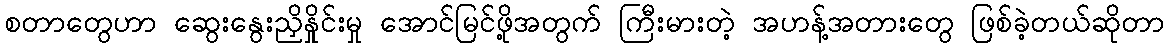
စတာတွေဟာ ဆွေးနွေးညှိနှိုင်းမှု အောင်မြင်ဖို့အတွက် ကြီးမားတဲ့ အဟန့်အတားတွေ ဖြစ်ခဲ့တယ်ဆိုတာ